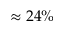
\approx 2 4 \%